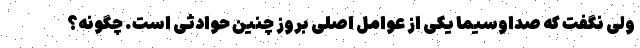
ولی نگفت که صداوسیما یکی از عوامل اصلی بروز چنین حوادثی است. چگونه؟